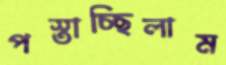
পস্তাচ্ছিলাম